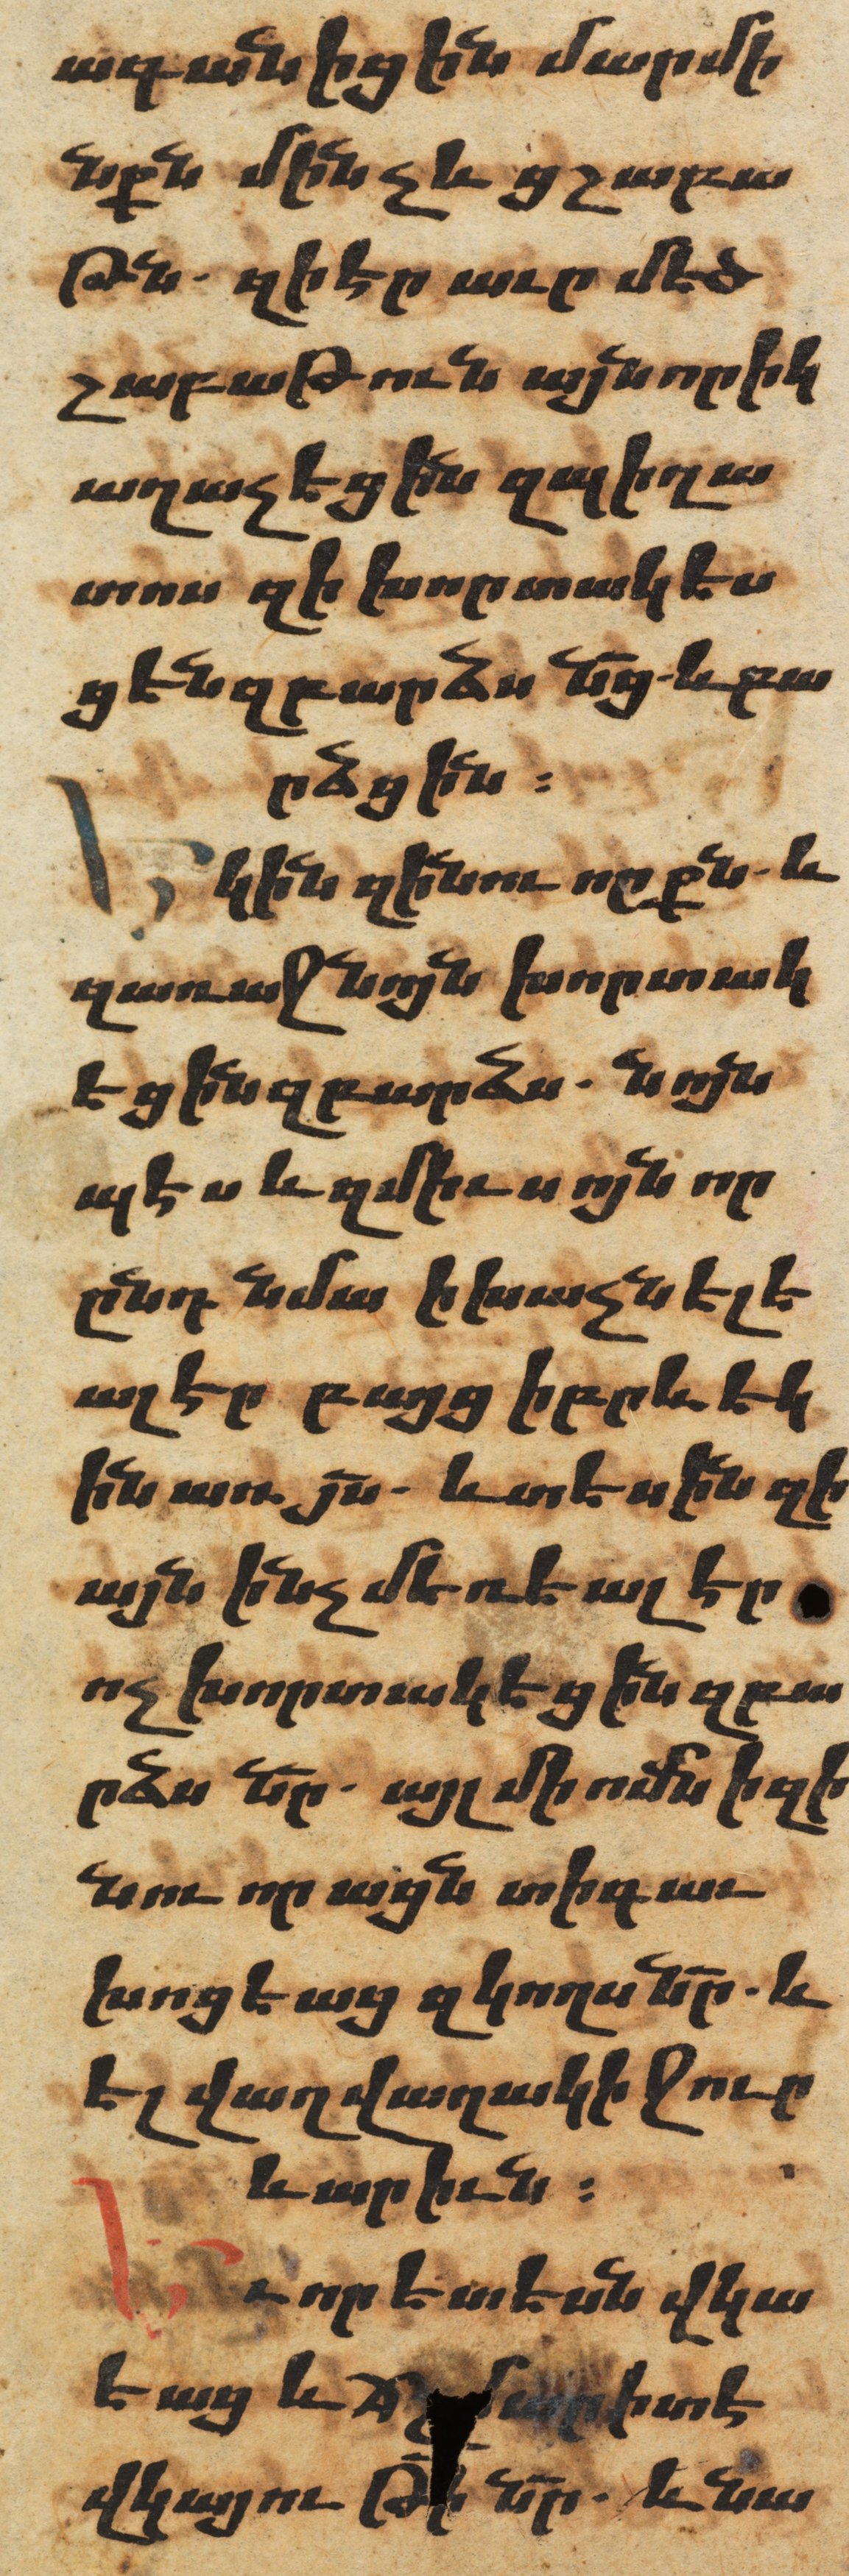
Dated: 1606–1606